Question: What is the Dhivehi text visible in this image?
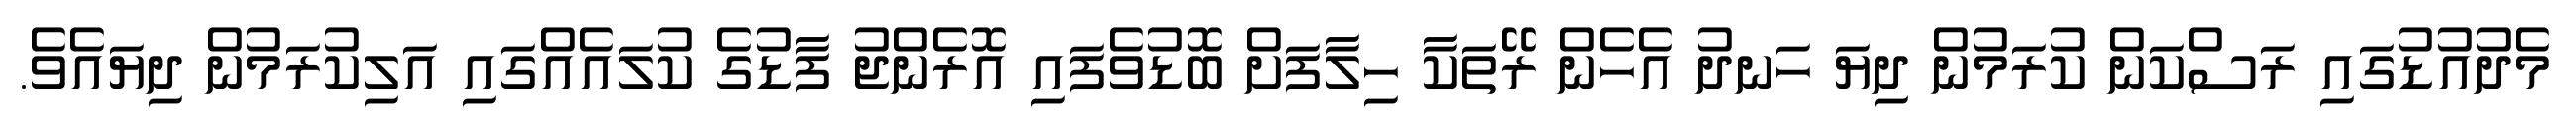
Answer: މެދުއުޑުގައި ރަސްކަން ކުރަމުން ދިޔަ ހަނދު އެހެން ރޭތަކާ ހިލާފަށް ބޮޑުވެފައި އޮރެންޖު ފާޑުގެ ކުލައެއްގައި އަލިކުރަމުން ދިޔައެވެ.